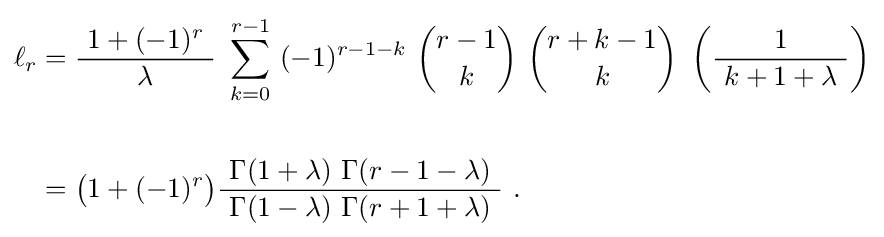
{\begin{aligned}\ell _{r}&={\frac {\ 1+(-1)^{r}\ }{\lambda }}\ \sum _{k=0}^{r-1}\ (-1)^{r-1-k}\ {\binom {r-1}{k}}\ {\binom {r+k-1}{k}}\ \left({\frac {1}{\ k+1+\lambda \ }}\right)\\{}\\&={\bigl (}1+(-1)^{r}{\bigr )}{\frac {\ \Gamma (1+\lambda )\ \Gamma (r-1-\lambda )\ }{\ \Gamma (1-\lambda )\ \Gamma (r+1+\lambda )\ }}~.\end{aligned}}